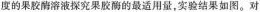
度的果胶酶溶液探究果胶酶的最适用量，实验结果如图。对